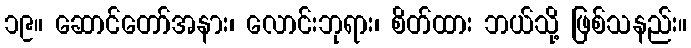
၁၉။ ဆောင်တော်အနား၊ လောင်းဘုရား၊ စိတ်ထား ဘယ်သို့ ဖြစ်သနည်း။